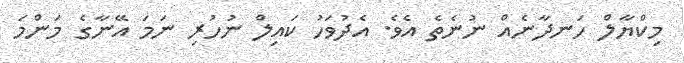
މިކްޔާލް ހަނދާނެއް ނުނެތެ އެވެ. އެދުވަހު ކައިލް ނުހުރި ނަމަ އޭނާގެ މަންމަ